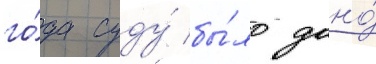
го́да суду́ бы́ло дано́